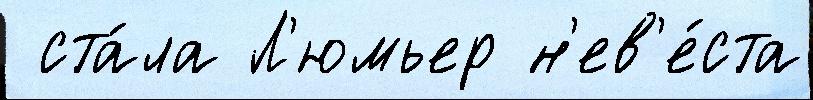
 ста́ла Л'юмьер н'ев'е́ста